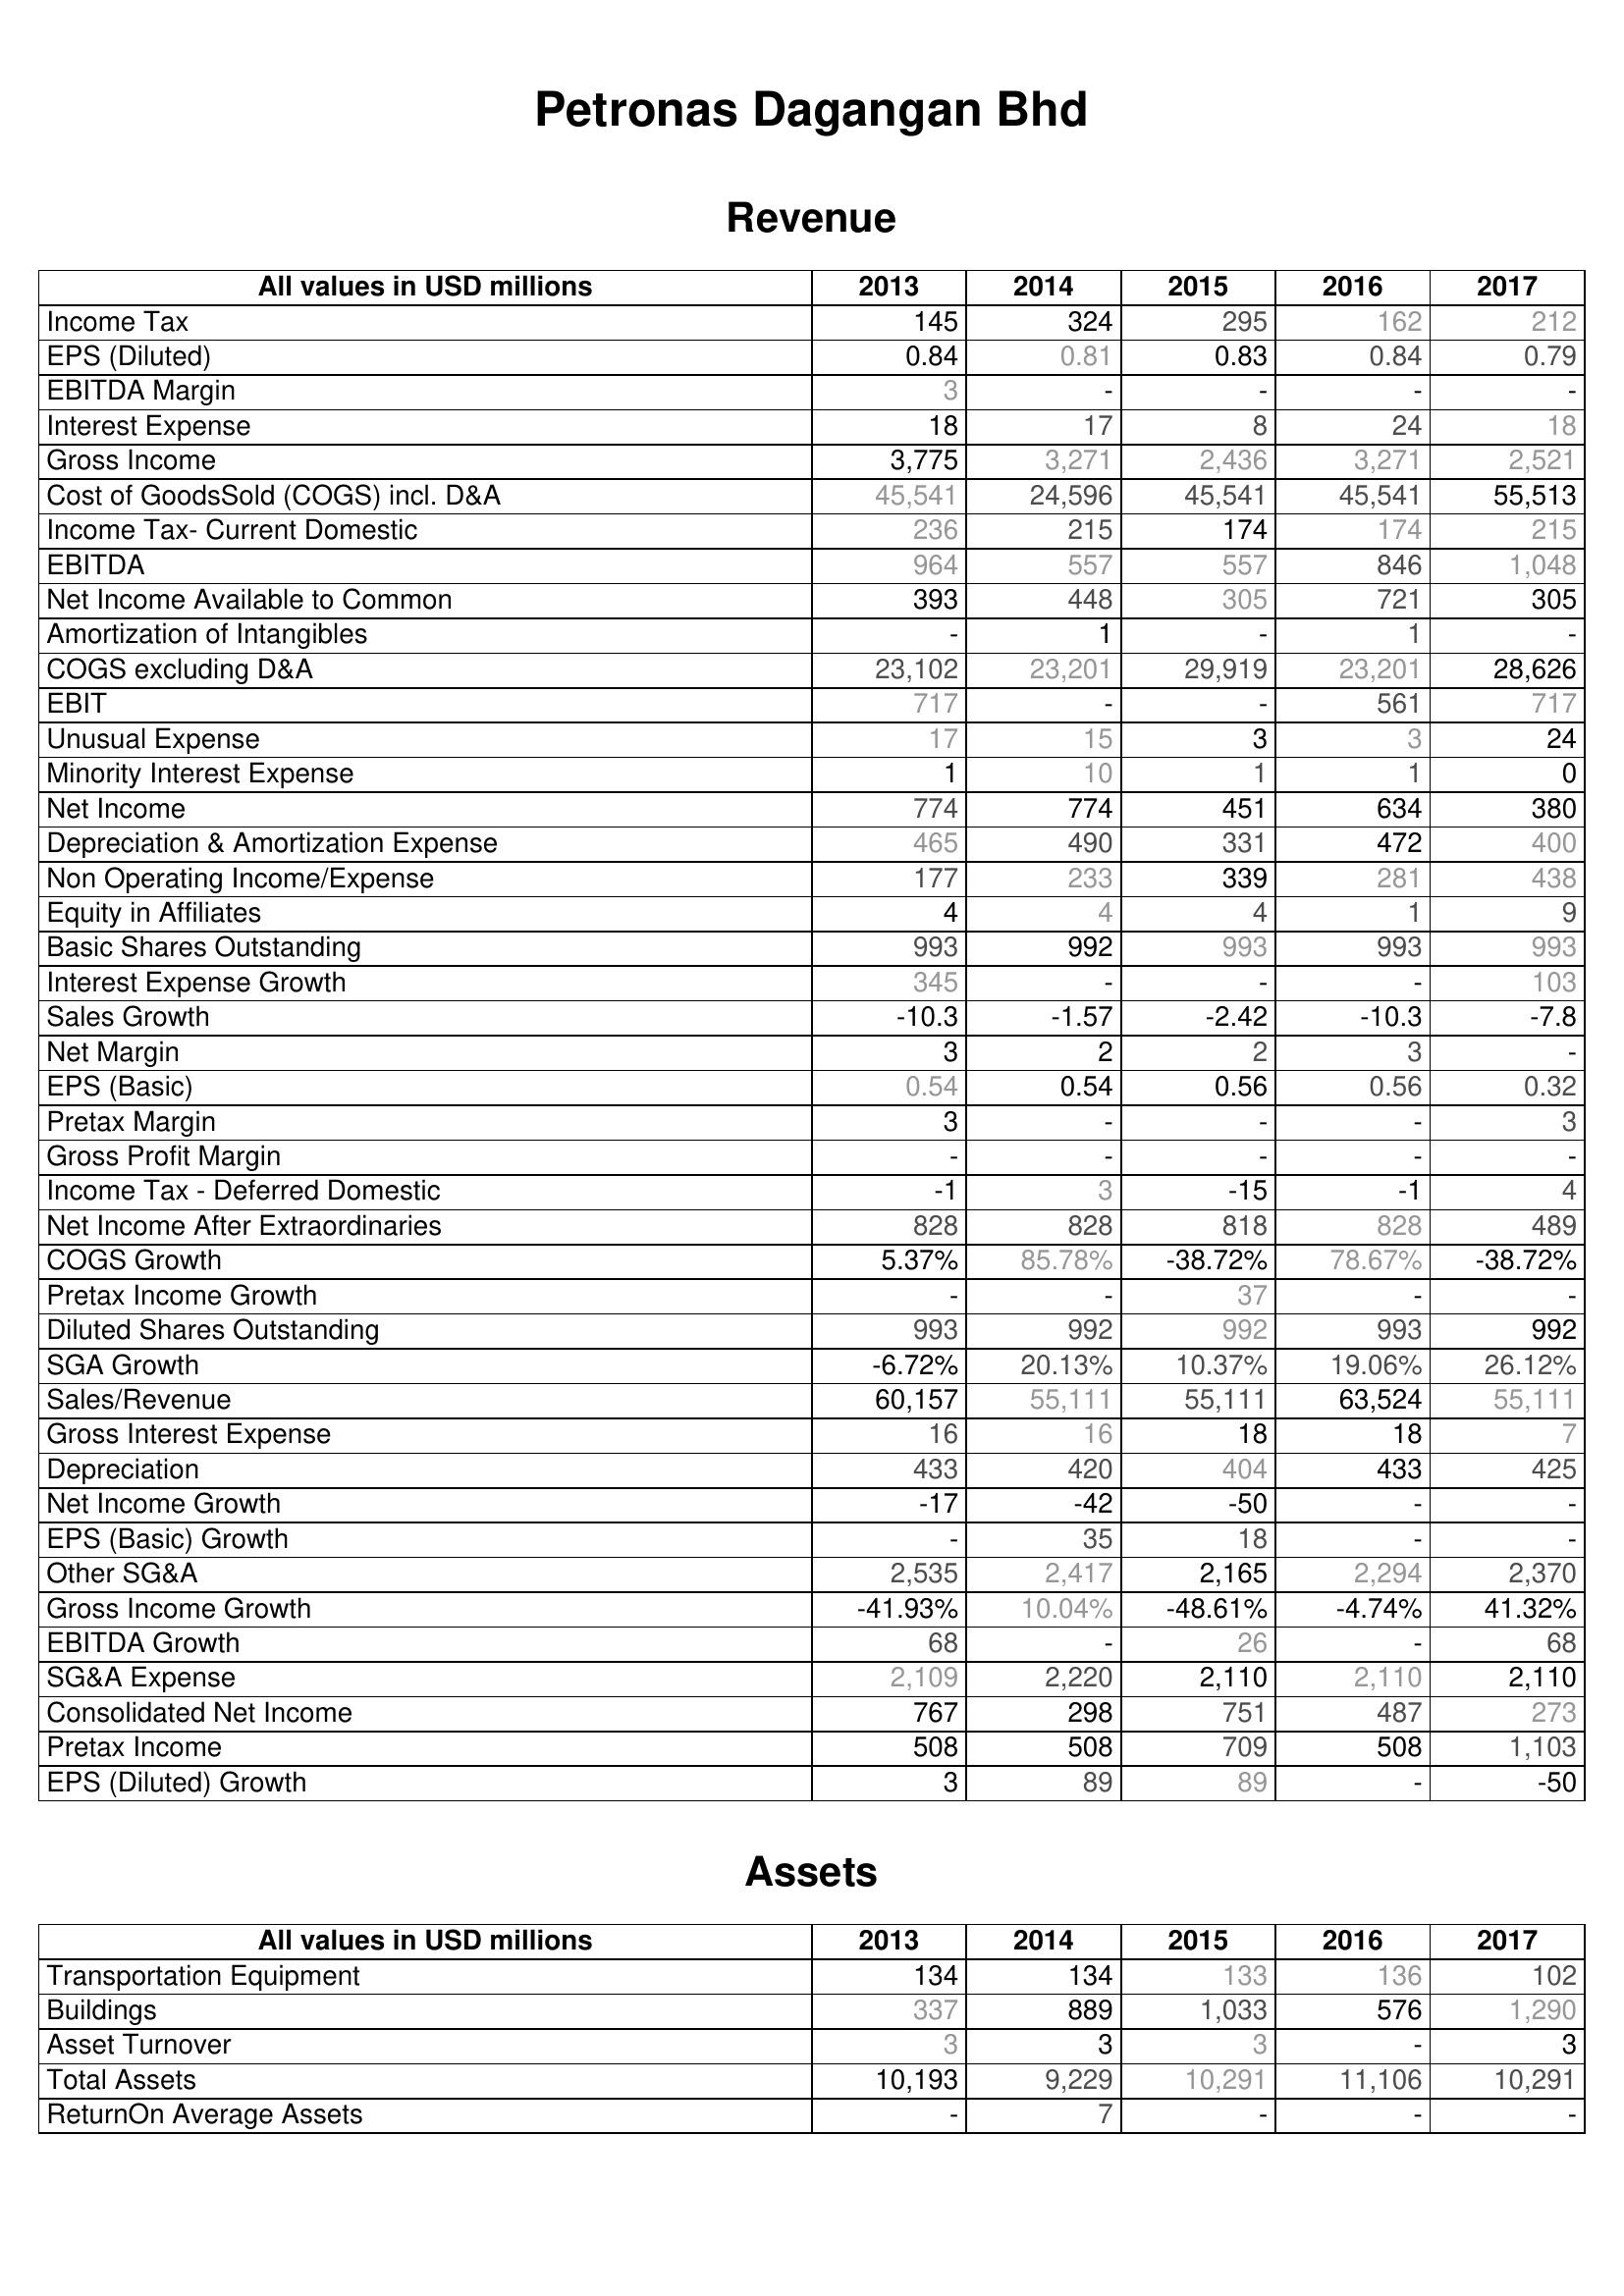
2013: Revenue: Income Tax: 145
EPS (Diluted): 0.84
EBITDA Margin: 3
Interest Expense: 18
Gross Income: 3,775
Cost of GoodsSold (COGS) incl. D&A: 45,541
Income Tax- Current Domestic: 236
EBITDA: 964
Net Income Available to Common: 393
Amortization of Intangibles: -
COGS excluding D&A: 23,102
EBIT: 717
Unusual Expense: 17
Minority Interest Expense: 1
Net Income: 774
Depreciation & Amortization Expense: 465
Non Operating Income/Expense: 177
Equity in Affiliates: 4
Basic Shares Outstanding: 993
Interest Expense Growth: 345
Sales Growth: -10.3
Net Margin: 3
EPS (Basic): 0.54
Pretax Margin: 3
Gross Profit Margin: -
Income Tax - Deferred Domestic: -1
Net Income After Extraordinaries: 828
COGS Growth: 5.37%
Pretax Income Growth: -
Diluted Shares Outstanding: 993
SGA Growth: -6.72%
Sales/Revenue: 60,157
Gross Interest Expense: 16
Depreciation: 433
Net Income Growth: -17
EPS (Basic) Growth: -
Other SG&A: 2,535
Gross Income Growth: -41.93%
EBITDA Growth: 68
SG&A Expense: 2,109
Consolidated Net Income: 767
Pretax Income: 508
EPS (Diluted) Growth: 3
Assets: Transportation Equipment: 134
Buildings: 337
Asset Turnover: 3
Total Assets: 10,193
ReturnOn Average Assets: -
2014: Revenue: Income Tax: 324
EPS (Diluted): 0.81
EBITDA Margin: -
Interest Expense: 17
Gross Income: 3,271
Cost of GoodsSold (COGS) incl. D&A: 24,596
Income Tax- Current Domestic: 215
EBITDA: 557
Net Income Available to Common: 448
Amortization of Intangibles: 1
COGS excluding D&A: 23,201
EBIT: -
Unusual Expense: 15
Minority Interest Expense: 10
Net Income: 774
Depreciation & Amortization Expense: 490
Non Operating Income/Expense: 233
Equity in Affiliates: 4
Basic Shares Outstanding: 992
Interest Expense Growth: -
Sales Growth: -1.57
Net Margin: 2
EPS (Basic): 0.54
Pretax Margin: -
Gross Profit Margin: -
Income Tax - Deferred Domestic: 3
Net Income After Extraordinaries: 828
COGS Growth: 85.78%
Pretax Income Growth: -
Diluted Shares Outstanding: 992
SGA Growth: 20.13%
Sales/Revenue: 55,111
Gross Interest Expense: 16
Depreciation: 420
Net Income Growth: -42
EPS (Basic) Growth: 35
Other SG&A: 2,417
Gross Income Growth: 10.04%
EBITDA Growth: -
SG&A Expense: 2,220
Consolidated Net Income: 298
Pretax Income: 508
EPS (Diluted) Growth: 89
Assets: Transportation Equipment: 134
Buildings: 889
Asset Turnover: 3
Total Assets: 9,229
ReturnOn Average Assets: 7
2015: Revenue: Income Tax: 295
EPS (Diluted): 0.83
EBITDA Margin: -
Interest Expense: 8
Gross Income: 2,436
Cost of GoodsSold (COGS) incl. D&A: 45,541
Income Tax- Current Domestic: 174
EBITDA: 557
Net Income Available to Common: 305
Amortization of Intangibles: -
COGS excluding D&A: 29,919
EBIT: -
Unusual Expense: 3
Minority Interest Expense: 1
Net Income: 451
Depreciation & Amortization Expense: 331
Non Operating Income/Expense: 339
Equity in Affiliates: 4
Basic Shares Outstanding: 993
Interest Expense Growth: -
Sales Growth: -2.42
Net Margin: 2
EPS (Basic): 0.56
Pretax Margin: -
Gross Profit Margin: -
Income Tax - Deferred Domestic: -15
Net Income After Extraordinaries: 818
COGS Growth: -38.72%
Pretax Income Growth: 37
Diluted Shares Outstanding: 992
SGA Growth: 10.37%
Sales/Revenue: 55,111
Gross Interest Expense: 18
Depreciation: 404
Net Income Growth: -50
EPS (Basic) Growth: 18
Other SG&A: 2,165
Gross Income Growth: -48.61%
EBITDA Growth: 26
SG&A Expense: 2,110
Consolidated Net Income: 751
Pretax Income: 709
EPS (Diluted) Growth: 89
Assets: Transportation Equipment: 133
Buildings: 1,033
Asset Turnover: 3
Total Assets: 10,291
ReturnOn Average Assets: -
2016: Revenue: Income Tax: 162
EPS (Diluted): 0.84
EBITDA Margin: -
Interest Expense: 24
Gross Income: 3,271
Cost of GoodsSold (COGS) incl. D&A: 45,541
Income Tax- Current Domestic: 174
EBITDA: 846
Net Income Available to Common: 721
Amortization of Intangibles: 1
COGS excluding D&A: 23,201
EBIT: 561
Unusual Expense: 3
Minority Interest Expense: 1
Net Income: 634
Depreciation & Amortization Expense: 472
Non Operating Income/Expense: 281
Equity in Affiliates: 1
Basic Shares Outstanding: 993
Interest Expense Growth: -
Sales Growth: -10.3
Net Margin: 3
EPS (Basic): 0.56
Pretax Margin: -
Gross Profit Margin: -
Income Tax - Deferred Domestic: -1
Net Income After Extraordinaries: 828
COGS Growth: 78.67%
Pretax Income Growth: -
Diluted Shares Outstanding: 993
SGA Growth: 19.06%
Sales/Revenue: 63,524
Gross Interest Expense: 18
Depreciation: 433
Net Income Growth: -
EPS (Basic) Growth: -
Other SG&A: 2,294
Gross Income Growth: -4.74%
EBITDA Growth: -
SG&A Expense: 2,110
Consolidated Net Income: 487
Pretax Income: 508
EPS (Diluted) Growth: -
Assets: Transportation Equipment: 136
Buildings: 576
Asset Turnover: -
Total Assets: 11,106
ReturnOn Average Assets: -
2017: Revenue: Income Tax: 212
EPS (Diluted): 0.79
EBITDA Margin: -
Interest Expense: 18
Gross Income: 2,521
Cost of GoodsSold (COGS) incl. D&A: 55,513
Income Tax- Current Domestic: 215
EBITDA: 1,048
Net Income Available to Common: 305
Amortization of Intangibles: -
COGS excluding D&A: 28,626
EBIT: 717
Unusual Expense: 24
Minority Interest Expense: 0
Net Income: 380
Depreciation & Amortization Expense: 400
Non Operating Income/Expense: 438
Equity in Affiliates: 9
Basic Shares Outstanding: 993
Interest Expense Growth: 103
Sales Growth: -7.8
Net Margin: -
EPS (Basic): 0.32
Pretax Margin: 3
Gross Profit Margin: -
Income Tax - Deferred Domestic: 4
Net Income After Extraordinaries: 489
COGS Growth: -38.72%
Pretax Income Growth: -
Diluted Shares Outstanding: 992
SGA Growth: 26.12%
Sales/Revenue: 55,111
Gross Interest Expense: 7
Depreciation: 425
Net Income Growth: -
EPS (Basic) Growth: -
Other SG&A: 2,370
Gross Income Growth: 41.32%
EBITDA Growth: 68
SG&A Expense: 2,110
Consolidated Net Income: 273
Pretax Income: 1,103
EPS (Diluted) Growth: -50
Assets: Transportation Equipment: 102
Buildings: 1,290
Asset Turnover: 3
Total Assets: 10,291
ReturnOn Average Assets: -